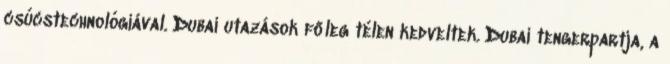
csúcstechnológiával. Dubai utazások főleg télen kedveltek. Dubai tengerpartja, a